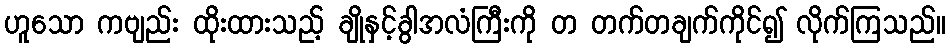
ဟူသော ကဗျည်း ထိုးထားသည့် ချိုနှင့်ခွါအလံကြီးကို တ တက်တချက်ကိုင်၍ လိုက်ကြသည်။